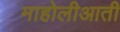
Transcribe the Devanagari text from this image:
माहोलीआती